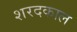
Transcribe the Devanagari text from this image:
शरदकाल